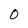
Character: 0